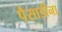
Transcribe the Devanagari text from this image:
पैसाडीना